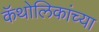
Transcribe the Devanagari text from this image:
कॅथोलिकांच्या